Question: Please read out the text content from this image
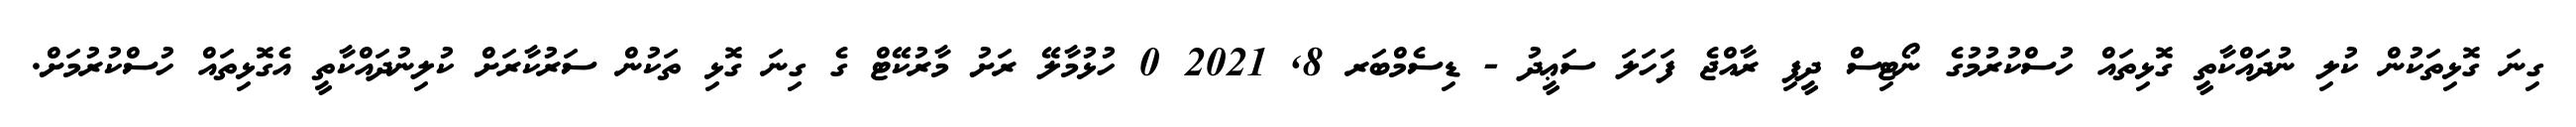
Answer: ގިނަ ގޮޅިތަކުން ކުލި ނުދައްކާތީ ގޮޅިތައް ހުސްކުރުމުގެ ނޯޓިސް ދީފި ރާއްޖެ ފަހަލަ ސަޢީދު - ޑިސެމްބަރ 8, 2021 0 ހުޅުމާލޭ ރަށު މާރުކޭޓް ގެ ގިނަ ގޮޅި ތަކުން ސަރުކާރަށް ކުލިނުދައްކާތީ އެގޮޅިތައް ހުސްކުރުމަށް.